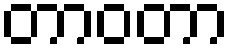
တာဝတာ